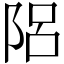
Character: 𨹬